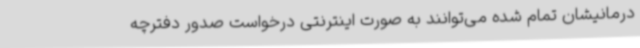
درمانیشان تمام شده می‌توانند به صورت اینترنتی درخواست صدور دفترچه